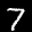
Label: 7